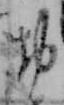
お